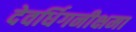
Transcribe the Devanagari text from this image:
देवर्धिगनीक्षमा